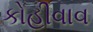
કોહીવાવ